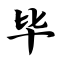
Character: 毕